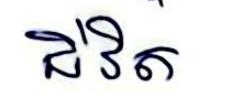
ជីវិត